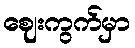
ဈေးကွက်မှာ